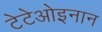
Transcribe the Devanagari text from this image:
टेटेओइनान